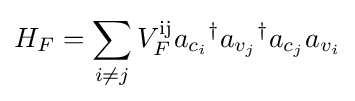
H_{F}=\sum _{i\neq j}V_{F}^{\text{ij}}a_{c_{i}}{}^{\dagger }a_{v_{j}}{}^{\dagger }a_{c_{j}}a_{v_{i}}